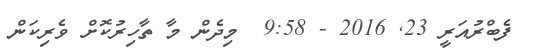
ފެބްރުއަރީ 23